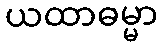
ယထာဓမ္မာ